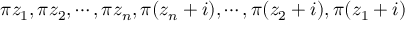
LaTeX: \pi z _ { 1 } , \pi z _ { 2 } , \cdots , \pi z _ { n } , \pi ( z _ { n } + i ) , \cdots , \pi ( z _ { 2 } + i ) , \pi ( z _ { 1 } + i )